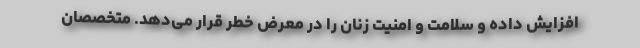
افزایش داده و سلامت و امنیت زنان را در معرض خطر قرار می‌دهد. متخصصان